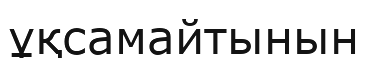
ұқсамайтынын